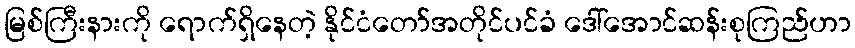
မြစ်ကြီးနားကို ရောက်ရှိနေတဲ့ နိုင်ငံတော်အတိုင်ပင်ခံ ဒေါ်အောင်ဆန်းစုကြည်ဟာ